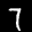
Label: 7